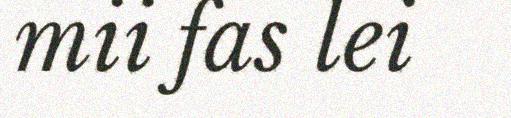
mii fas lei